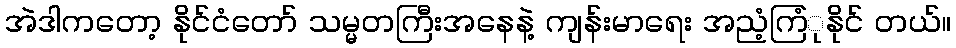
အဲဒါကတော့ နိုင်ငံတော် သမ္မတကြီးအနေနဲ့ ကျန်းမာရေး အညံ့ကြံုနိုင် တယ်။